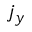
j _ { y }